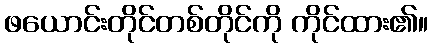
ဖယောင်းတိုင်တစ်တိုင်ကို ကိုင်ထား၏။